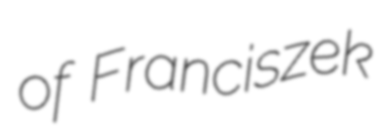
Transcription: of Franciszek